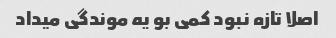
اصلا تازه نبود کمی بو یه موندگی میداد